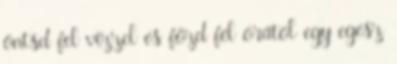
öntsd fel vízzel és főzd fél órától egy egész